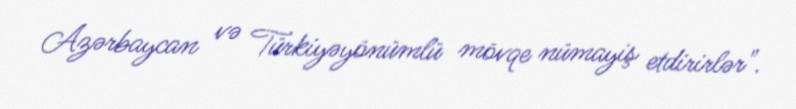
Azərbaycan və Türkiyəyönümlü mövqe nümayiş etdirirlər".